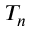
T _ { n }